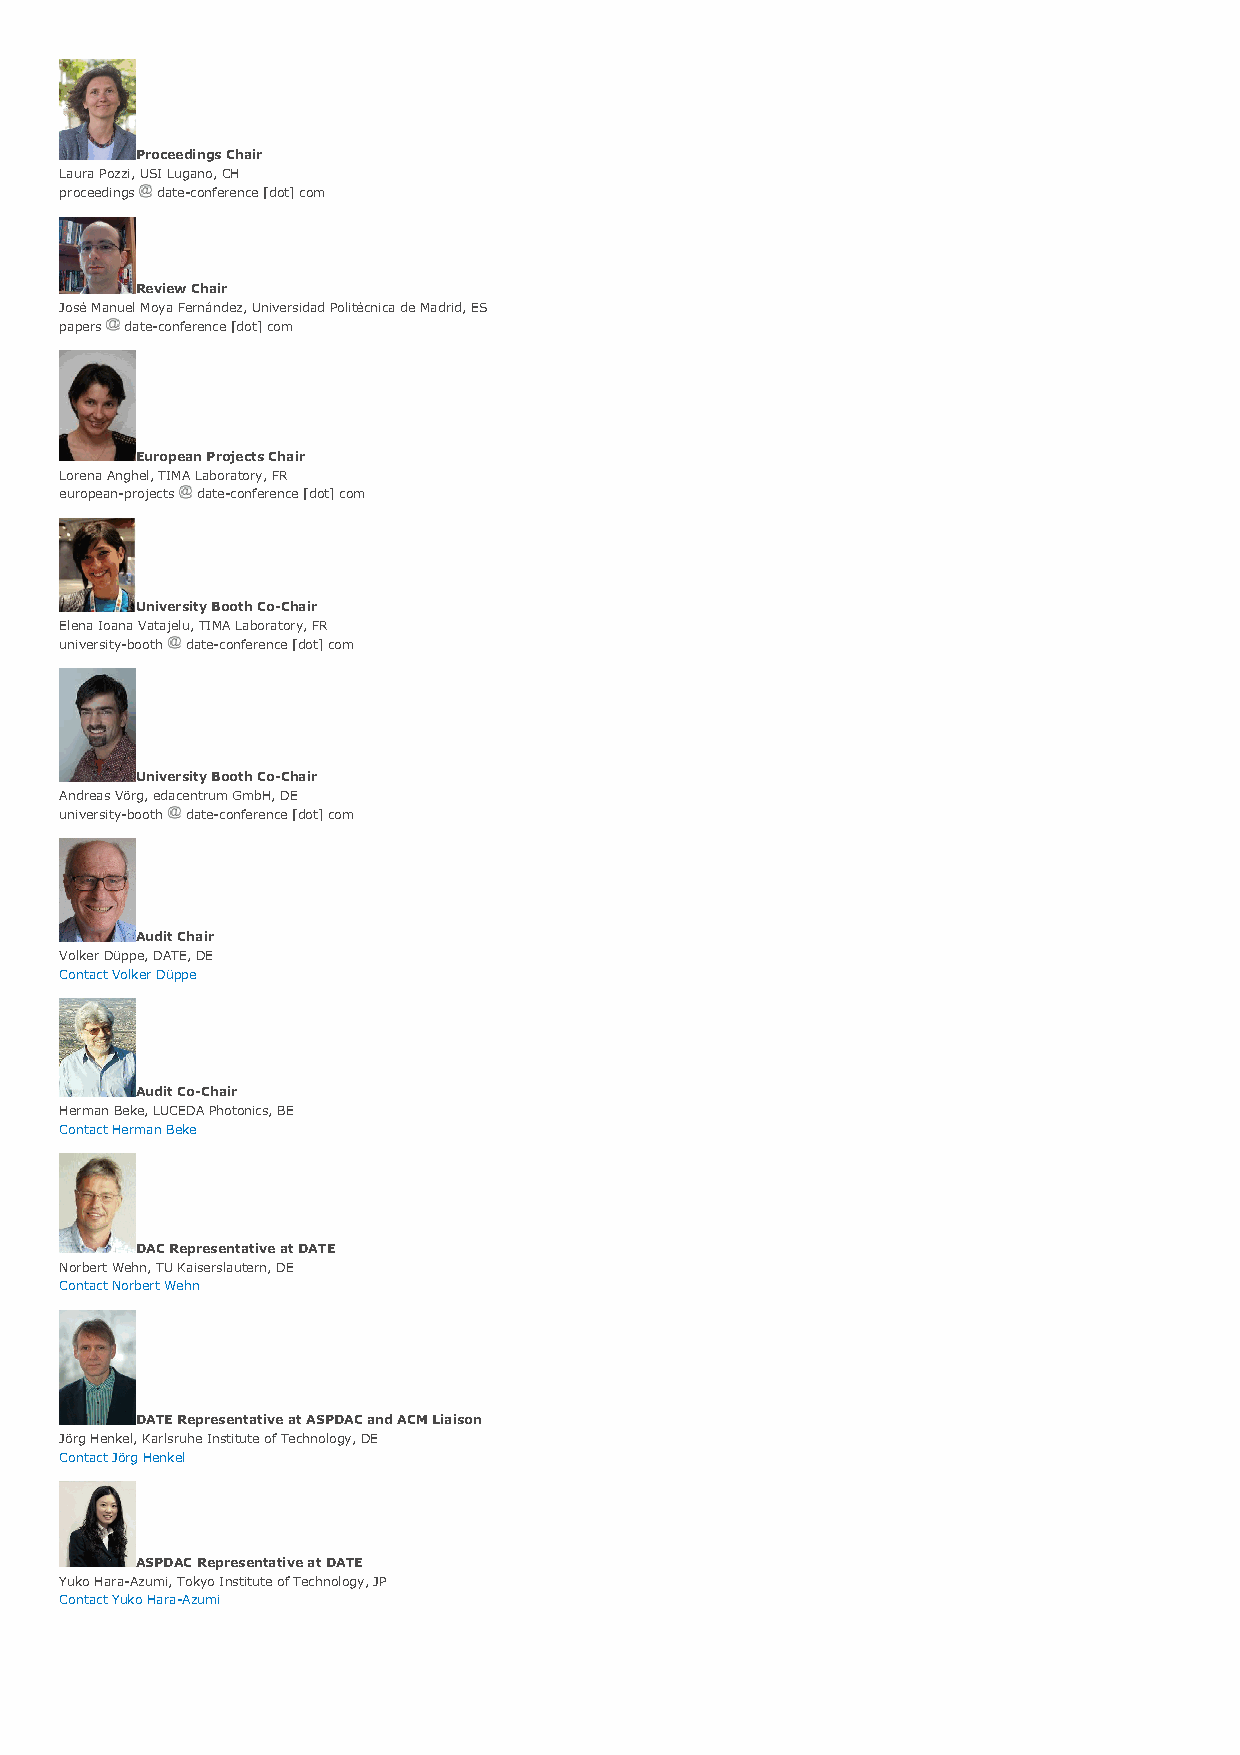
Proceedings Chair
 Laura Pozzi, USI Lugano, CH
 proceedings date-conference [dot] com
 Review Chair
 José Manuel Moya Fernández, Universidad Politécnica de Madrid, ES
 papers date-conference [dot] com
 European Projects Chair
 Lorena Anghel, TIMA Laboratory, FR
 european-projects date-conference [dot] com
 University Booth Co-Chair
 Elena Ioana Vatajelu, TIMA Laboratory, FR
 university-booth date-conference [dot] com
 University Booth Co-Chair
 Andreas Vörg, edacentrum GmbH, DE
 university-booth date-conference [dot] com
 Audit Chair
 Volker Düppe, DATE, DE
 Contact Volker Düppe
 Audit Co-Chair
 Herman Beke, LUCEDA Photonics, BE
 Contact Herman Beke
 DAC Representative at DATE
 Norbert Wehn, TU Kaiserslautern, DE
 Contact Norbert Wehn
 DATE Representative at ASPDAC and ACM Liaison
 Jörg Henkel, Karlsruhe Institute of Technology, DE
 Contact Jörg Henkel
 ASPDAC Representative at DATE
 Yuko Hara-Azumi, Tokyo Institute of Technology, JP
 Contact Yuko Hara-Azumi